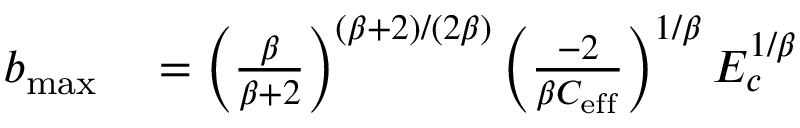
\begin{array} { r l } { b _ { \mathrm { m a x } } } & { { } = \left( \frac { \beta } { \beta + 2 } \right) ^ { ( \beta + 2 ) / ( 2 \beta ) } \left( \frac { - 2 } { \beta C _ { \mathrm { e f f } } } \right) ^ { 1 / \beta } E _ { c } ^ { 1 / \beta } } \end{array}